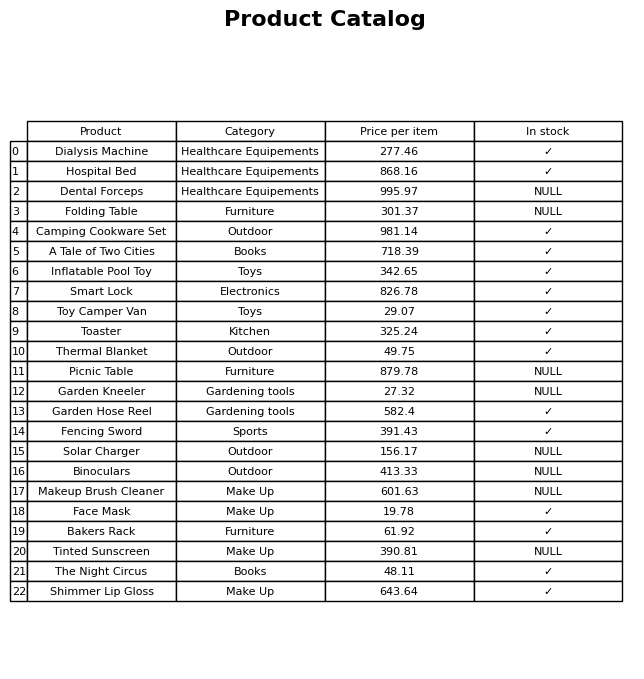
question: What is the price of the Thermal Blanket?
answer: The price of Thermal Blanket is 49.75.